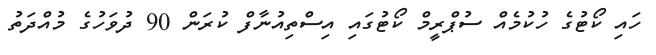
ހައި ކޯޓުގެ ހުކުމެއް ސުޕްރީމް ކޯޓުގައި އިސްތިއުނާފް ކުރަން 90 ދުވަހުގެ މުއްދަތު